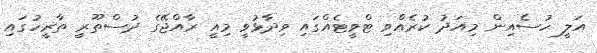
އަލީ ހުސެއިން މިއަދު ކުރެއްވި ޓްވީޓެއްގައި ވިދާޅުވީ މިއީ ރާއްޖޭގެ ދުސްތޫރީ ތާރީހުގައި